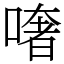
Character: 𠾏